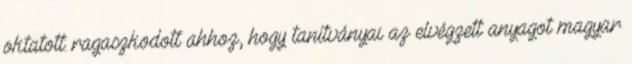
oktatott: ragaszkodott ahhoz, hogy tanítványai az elvégzett anyagot magyar